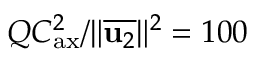
Q C _ { \mathrm { a x } } ^ { 2 } / \Vert \overline { { \mathbf { u } _ { 2 } } } \Vert ^ { 2 } = 1 0 0